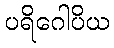
ပရိဂေါပိယ